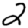
Digit: 2